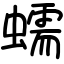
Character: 蠕